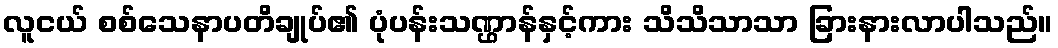
လူငယ် စစ်သေနာပတိချုပ်၏ ပုံပန်းသဏ္ဌာန်နှင့်ကား သိသိသာသာ ခြားနားလာပါသည်။